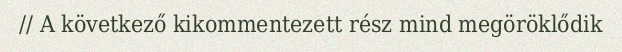
// A következő kikommentezett rész mind megöröklődik